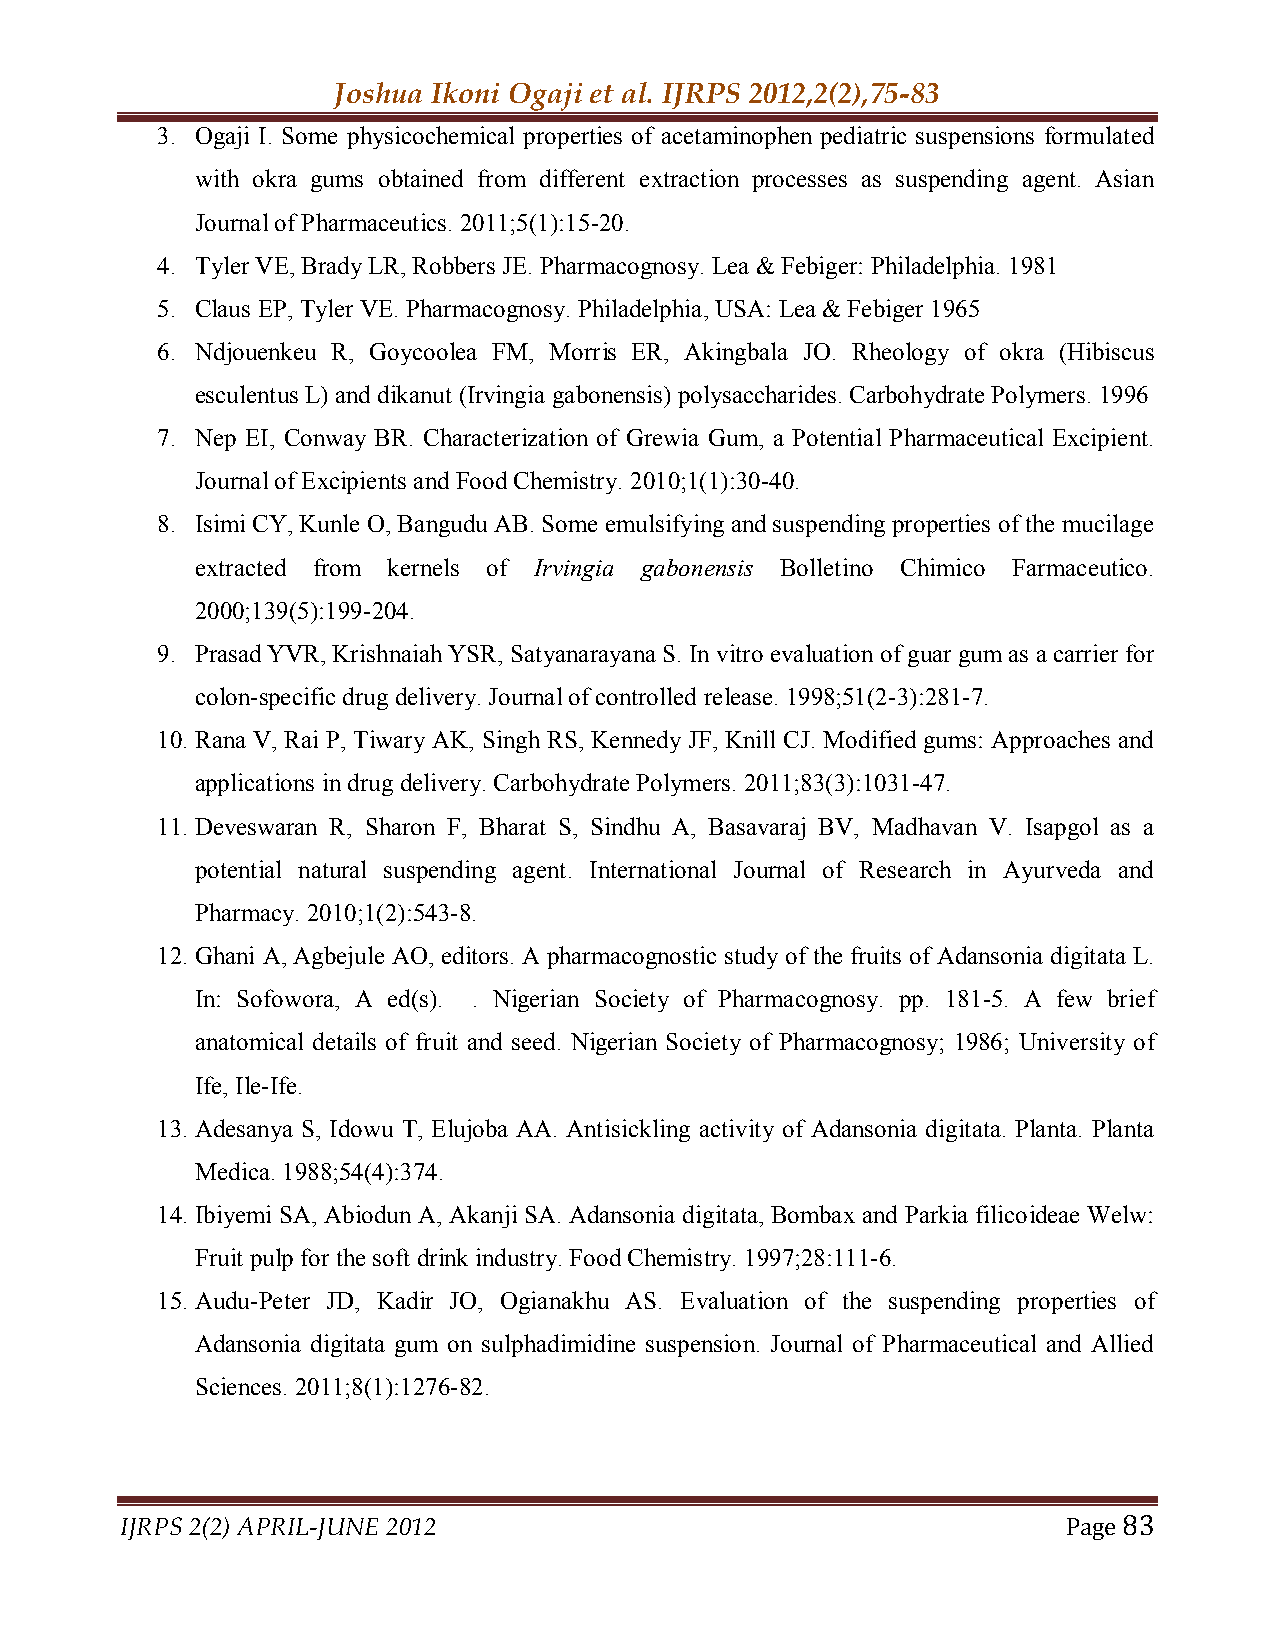
Joshua Ikoni Ogaji et al. IJRPS 2012,2(2),75-83
 3. Ogaji I. Some physicochemical properties of acetaminophen pediatric suspensions formulated
 with okra gums obtained from different extraction processes as suspending agent. Asian
 Journal of Pharmaceutics. 2011;5(1):15-20.
 4. Tyler VE, Brady LR, Robbers JE. Pharmacognosy. Lea & Febiger: Philadelphia. 1981
 5. Claus EP, Tyler VE. Pharmacognosy. Philadelphia, USA: Lea & Febiger 1965
 6. Ndjouenkeu R, Goycoolea FM, Morris ER, Akingbala JO. Rheology of okra (Hibiscus
 esculentus L) and dikanut (Irvingia gabonensis) polysaccharides. Carbohydrate Polymers. 1996
 7. Nep EI, Conway BR. Characterization of Grewia Gum, a Potential Pharmaceutical Excipient.
 Journal of Excipients and Food Chemistry. 2010;1(1):30-40.
 8. Isimi CY, Kunle O, Bangudu AB. Some emulsifying and suspending properties of the mucilage
 extracted from kernels of Irvingia gabonensis Bolletino Chimico Farmaceutico.
 2000;139(5):199-204.
 9. Prasad YVR, Krishnaiah YSR, Satyanarayana S. In vitro evaluation of guar gum as a carrier for
 colon-specific drug delivery. Journal of controlled release. 1998;51(2-3):281-7.
 10. Rana V, Rai P, Tiwary AK, Singh RS, Kennedy JF, Knill CJ. Modified gums: Approaches and
 applications in drug delivery. Carbohydrate Polymers. 2011;83(3):1031-47.
 11. Deveswaran R, Sharon F, Bharat S, Sindhu A, Basavaraj BV, Madhavan V. Isapgol as a
 potential natural suspending agent. International Journal of Research in Ayurveda and
 Pharmacy. 2010;1(2):543-8.
 12. Ghani A, Agbejule AO, editors. A pharmacognostic study of the fruits of Adansonia digitata L.
 In: Sofowora, A ed(s). . Nigerian Society of Pharmacognosy. pp. 181-5. A few brief
 anatomical details of fruit and seed. Nigerian Society of Pharmacognosy; 1986; University of
 Ife, Ile-Ife.
 13. Adesanya S, Idowu T, Elujoba AA. Antisickling activity of Adansonia digitata. Planta. Planta
 Medica. 1988;54(4):374.
 14. Ibiyemi SA, Abiodun A, Akanji SA. Adansonia digitata, Bombax and Parkia filicoideae Welw:
 Fruit pulp for the soft drink industry. Food Chemistry. 1997;28:111-6.
 15. Audu-Peter JD, Kadir JO, Ogianakhu AS. Evaluation of the suspending properties of
 Adansonia digitata gum on sulphadimidine suspension. Journal of Pharmaceutical and Allied
 Sciences. 2011;8(1):1276-82.
 IJRPS 2(2) APRIL-JUNE 2012                                     Page 83